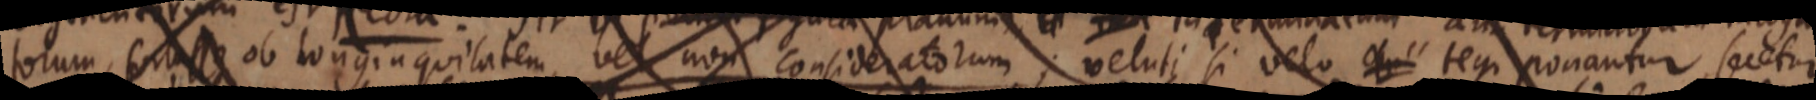
torum, fortasse ob longinquilatem vel non consideratorum; veluti si velo _ tegi ponantur secetur